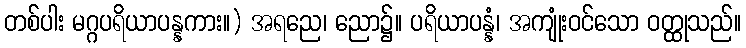
တစ်ပါး မဂ္ဂပရိယာပန္နကား။) အရညေ၊ ညော၌။ ပရိယာပန္နံ၊ အကျုံးဝင်သော ဝတ္ထုသည်။